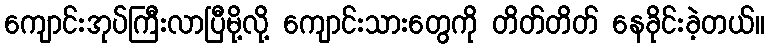
ကျောင်းအုပ်ကြီးလာပြီမို့လို့ ကျောင်းသားတွေကို တိတ်တိတ် နေခိုင်းခဲ့တယ်။